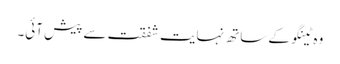
وہ ٹینگو کے ساتھ نہایت شفقت سے پیش آئی۔